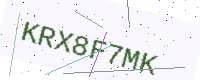
Text: KRX8F7MK